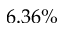
6 . 3 6 \%